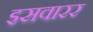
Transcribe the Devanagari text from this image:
इसवारर